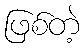
ဖြစ်တဲ့